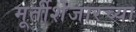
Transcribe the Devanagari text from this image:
मूर्तीशेजारच्या